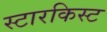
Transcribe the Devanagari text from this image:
स्टारकिस्ट